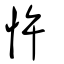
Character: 忤